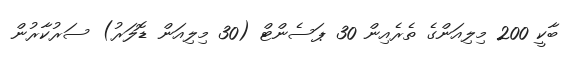
ބާކީ 200 މިލިއަންގެ ތެރެއިން 30 ޕަސެންޓް (30 މިލިއަން ޑޮލަރު) ސަރުކާރުން